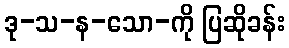
ဒု-သ-န-သော-ကို ပြဆိုခန်း